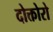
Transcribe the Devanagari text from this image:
दोक्तोरो